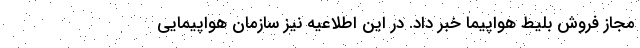
مجاز فروش بلیط هواپیما خبر داد. در این اطلاعیه نیز سازمان هواپیمایی